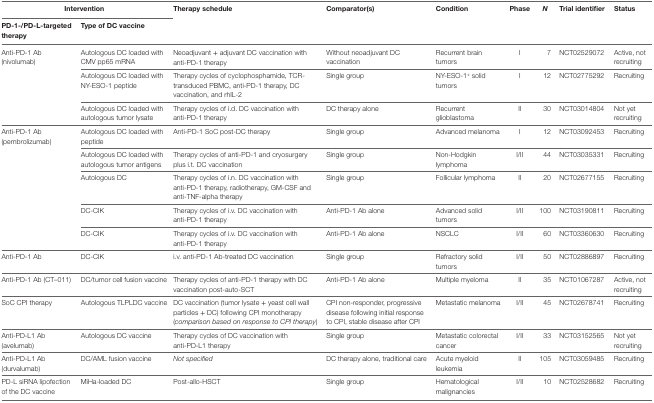
<table><thead><tr><td colspan="2"><b>Intervention</b></td><td rowspan="2"><b>Therapy schedule</b></td><td rowspan="2"><b>Comparator(s)</b></td><td rowspan="2"><b>Condition</b></td><td rowspan="2"><b>Phase</b></td><td rowspan="2"><b><i>N</i></b></td><td rowspan="2"><b>Trial identifier</b></td><td rowspan="2"><b>Status</b></td></tr><tr><td><b>PD-1-/PD-L-targeted therapy</b></td><td><b>Type of DC vaccine</b></td></tr></thead><tbody><tr><td rowspan="5">Anti-PD-1 Ab (nivolumab)</td><td>Autologous DC loaded with CMV pp65 mRNA</td><td>Neoadjuvant + adjuvant DC vaccination with anti-PD-1 therapy</td><td>Without neoadjuvant DC vaccination</td><td>Recurrent brain tumors</td><td>I</td><td>7</td><td>NCT02529072</td><td>Active, not recruiting</td></tr><tr><td>Autologous DC loaded with NY-ESO-1 peptide</td><td>Therapy cycles of cyclophosphamide, TCR-transduced PBMC, anti-PD-1 therapy, DC vaccination, and rhIL-2</td><td>Single group</td><td>NY-ESO-1<sup>+</sup> solid tumors</td><td>I</td><td>12</td><td>NCT02775292</td><td>Recruiting</td></tr><tr><td>Autologous DC loaded with autologous tumor lysate</td><td>Therapy cycles of i.d. DC vaccination with anti-PD-1 therapy</td><td>DC therapy alone</td><td>Recurrent glioblastoma</td><td>II</td><td>30</td><td>NCT03014804</td><td>Not yet recruiting</td></tr><tr><td rowspan="9">Anti-PD-1 Ab (pembrolizumab)</td><td>Autologous DC loaded with peptide</td><td>Anti-PD-1 SoC post-DC therapy</td><td>Single group</td><td>Advanced melanoma</td><td>I</td><td>12</td><td>NCT03092453</td><td>Recruiting</td></tr><tr><td>Autologous DC loaded with autologous tumor antigens</td><td>Therapy cycles of anti-PD-1 and cryosurgery plus i.t. DC vaccination</td><td>Single group</td><td>Non-Hodgkin lymphoma</td><td>I/II</td><td>44</td><td>NCT03035331</td><td>Recruiting</td></tr><tr><td>Autologous DC</td><td>Therapy cycles of i.n. DC vaccination with anti-PD-1 therapy, radiotherapy, GM-CSF and anti-TNF-alpha therapy</td><td>Single group</td><td>Follicular lymphoma</td><td>II</td><td>20</td><td>NCT02677155</td><td>Recruiting</td></tr><tr><td>DC-CIK</td><td>Therapy cycles of i.v. DC vaccination with anti-PD-1 therapy</td><td>Anti-PD-1 Ab alone</td><td>Advanced solid tumors</td><td>I/II</td><td>100</td><td>NCT03190811</td><td>Recruiting</td></tr><tr><td>DC-CIK</td><td>Therapy cycles of i.v. DC vaccination with anti-PD-1 therapy</td><td>Anti-PD-1 Ab alone</td><td>NSCLC</td><td>I/II</td><td>60</td><td>NCT03360630</td><td>Recruiting</td></tr><tr><td>Anti-PD-1 Ab</td><td>DC-CIK</td><td>i.v. anti-PD-1 Ab-treated DC vaccination</td><td>Single group</td><td>Refractory solid tumors</td><td>I/II</td><td>50</td><td>NCT02886897</td><td>Recruiting</td></tr><tr><td>Anti-PD-1 Ab (CT–011)</td><td>DC/tumor cell fusion vaccine</td><td>Therapy cycles of anti-PD-1 therapy with DC vaccination post-auto-SCT</td><td>Anti-PD-1 Ab alone</td><td>Multiple myeloma</td><td>II</td><td>35</td><td>NCT01067287</td><td>Active, not recruiting</td></tr><tr><td>SoC CPI therapy</td><td>Autologous TLPLDC vaccine</td><td>DC vaccination (tumor lysate + yeast cell wall particles + DC) following CPI monotherapy (<i>comparison based on response to CPI therapy</i>)</td><td>CPI non-responder, progressive disease following initial response to CPI, stable disease after CPI</td><td>Metastatic melanoma</td><td>I/II</td><td>45</td><td>NCT02678741</td><td>Recruiting</td></tr><tr><td>Anti-PD-L1 Ab (avelumab)</td><td>Autologous DC vaccine</td><td>Therapy cycles of DC vaccination with anti-PD-L1 therapy</td><td>Single group</td><td>Metastatic colorectal cancer</td><td>I/II</td><td>33</td><td>NCT03152565</td><td>Not yet recruiting</td></tr><tr><td>Anti-PD-L1 Ab (durvalumab)</td><td>DC/AML fusion vaccine</td><td><i>Not specified</i></td><td>DC therapy alone, traditional care</td><td>Acute myeloid leukemia</td><td>II</td><td>105</td><td>NCT03059485</td><td>Recruiting</td></tr><tr><td>PD-L siRNA lipofection of the DC vaccine</td><td>MiHa-loaded DC</td><td>Post-allo-HSCT</td><td>Single group</td><td>Hematological malignancies</td><td>I/II</td><td>10</td><td>NCT02528682</td><td>Recruiting</td></tr></tbody></table>